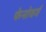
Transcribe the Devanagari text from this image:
फेनोवर्ग